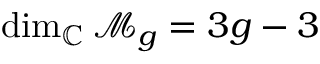
\dim _ { \mathbb { C } } { \mathcal { M } } _ { g } = 3 g - 3